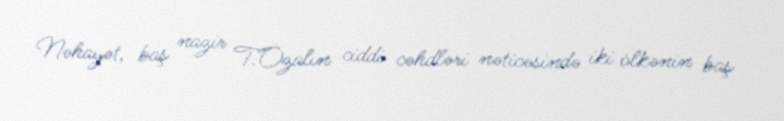
Nəhayət, baş nazir T.Özalın ciddi cəhdləri nəticəsində iki ölkənin baş